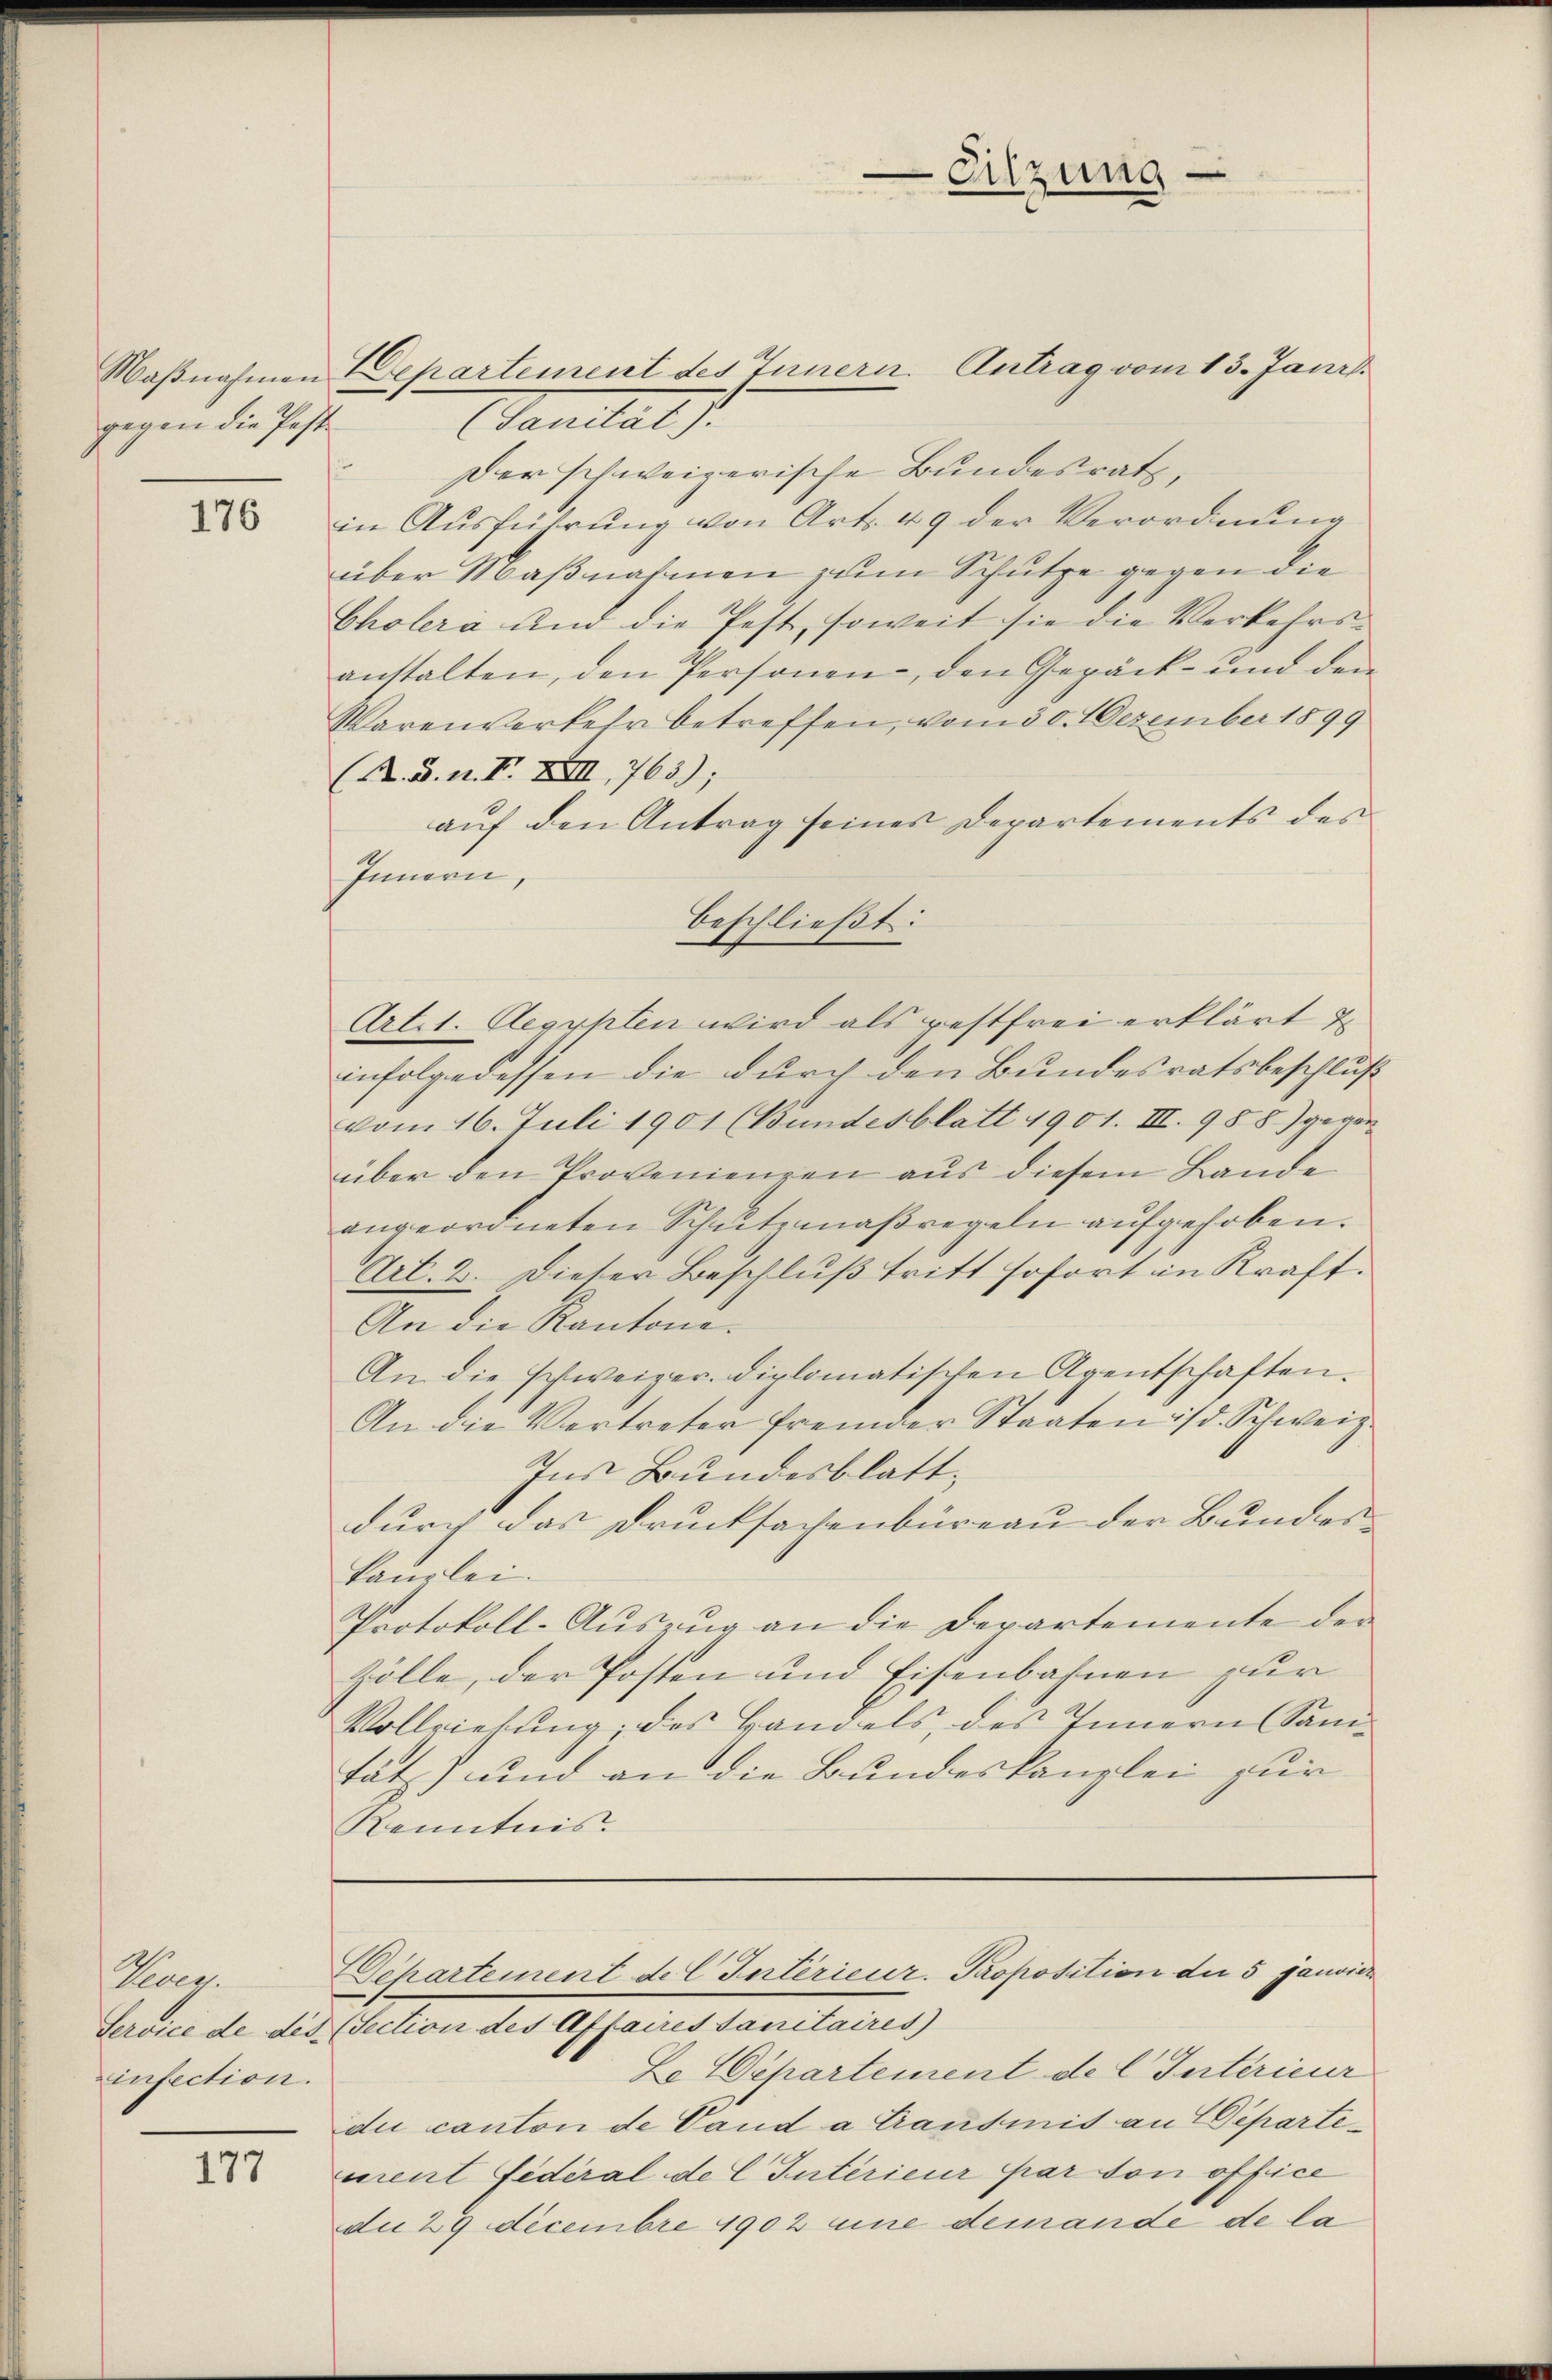
gegen die Pest

176

Pree
infection.

177

Taital d.
Der schweizerische Bundesrath,
in Ausführung von Art. 49 der Verordnung
über Maßnahmen zum Schutze gegen die
Cholera und die Pest, soweit sie die Verkehrsanstalten, den Personen, den Gepäck- und den
Warenverkehr betreffen, vom 30. Dezember 1899
(K. B. n. F. XIII,763);
auf den Antrag seines Departements des
Innern,
Art. 1. Aegypten wird als gestfrei erklärt &
infolgedessen die durch den Bundesratsbeschluß
vom 16. Juli 1901 (Bundesblatt 1901. III. 988) gegen
über den Provenienzen aus diesem Bande
angeordneten Schutzmaßregeln aufgehoben.
Art. 2. Dieser Beschluß tritt sofort in Kraft.
An die Kantone.
An die schweizer. diplomatischen Agentschaften.
An die Vertreter fremder Staaten ist. Schweiz.
Ins Bundesblatt,
durch das Drucksachenbüreau der Bundes
kanzlei.
Protokoll-Auszug an die Departemente der
Zölle, der Posten und Eisenbahnen zur
Vollziehung; das Handels, des Innern Samtäts) und an die Bundeskanzlei zur
Kenntnis.

Maßnahmen Departement des Innern. Antrag vom 13. Jani

Sitzung

Departement del Intérieur. Proposition der 5 janvier

beschließt:

Service de des. (Section des Affaires Sanitaires
Le Departement de l. Interieur
du canton de Vaud a Transmis an Departement Federal de C Interieur par son office
die 29 decembre 1902 eine demande de la